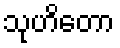
သုဟိတော